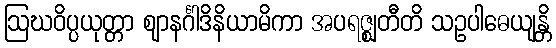
ဩဃဝိပ္ပယုတ္တာ ဈာနင်္ဂါဒိနိယာမိကာ အပရဇ္ဈတီတိ သဥပါဓေယျန္တိ